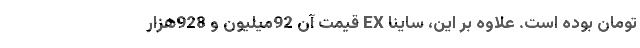
تومان بوده است. علاوه بر این، ساینا EX قیمت آن 92میلیون و 928هزار